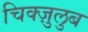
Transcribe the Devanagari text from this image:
चिक्ज़ुलुब